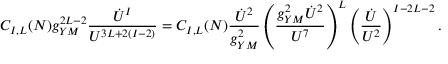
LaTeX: C _ { I , L } ( N ) g _ { Y M } ^ { 2 L - 2 } { \frac { \dot { U } ^ { I } } { U ^ { 3 L + 2 ( I - 2 ) } } } = C _ { I , L } ( N ) { \frac { \dot { U } ^ { 2 } } { g _ { Y M } ^ { 2 } } } \left( { \frac { g _ { Y M } ^ { 2 } \dot { U } ^ { 2 } } { U ^ { 7 } } } \right) ^ { L } \left( { \frac { \dot { U } } { U ^ { 2 } } } \right) ^ { I - 2 L - 2 } .